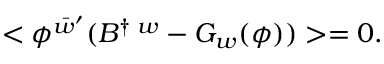
< \phi ^ { \bar { w } ^ { \prime } } ( B ^ { \dagger \; w } - G _ { w } ( \phi ) ) > = 0 .